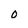
Character: O